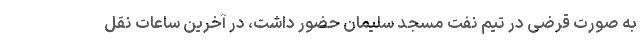
به صورت قرضی در تیم نفت مسجد سلیمان حضور داشت، در آخرین ساعات نقل